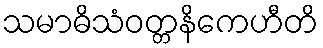
သမာဓိသံဝတ္တနိကေဟီတိ